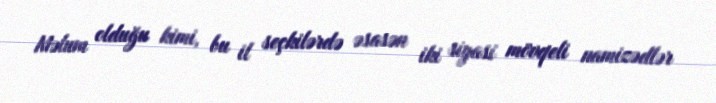
Məlum olduğu kimi, bu il seçkilərdə əsasən iki siyasi mövqeli namizədlər